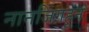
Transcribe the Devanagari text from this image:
नानजिंगहून